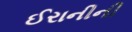
ઈરાનીની